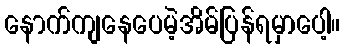
နောက်ကျနေပေမဲ့အိမ်ပြန်ရမှာပေါ့။